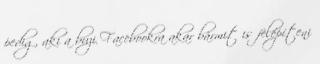
pedig, aki a buzi Facebookra akar bármit is felépíteni